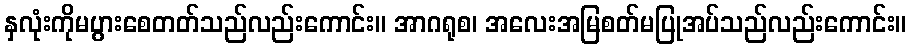
နှလုံးကိုမပွားစေတတ်သည်လည်းကောင်း။ အာဂရုစ၊ အလေးအမြစတ်မပြုအပ်သည်လည်းကောင်း။